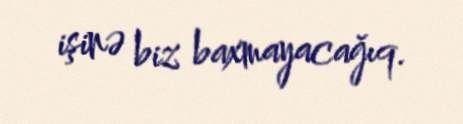
işinə biz baxmayacağıq.